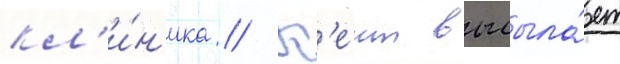
кл'и́н'ика // К'еит высыла́ет